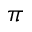
\pi